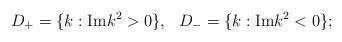
LaTeX: \begin{align*}D_+=\{ k: {\rm Im} k^2>0\}, \ \ D_-=\{ k: {\rm Im} k^2<0\};\end{align*}